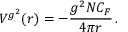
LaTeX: V ^ { g ^ { 2 } } ( r ) = - \frac { g ^ { 2 } N C _ { F } } { 4 \pi r } \, .